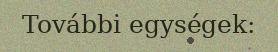
További egységek: